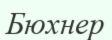
Бюхнер